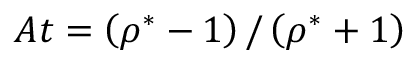
A t = \left( \rho ^ { * } - 1 \right) / \left( \rho ^ { * } + 1 \right)